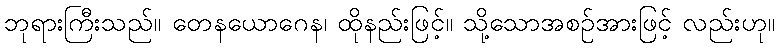
ဘုရားကြီးသည်။ တေနယောဂေန၊ ထိုနည်းဖြင့်။ သို့သောအစဉ်အားဖြင့် လည်းဟု။